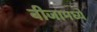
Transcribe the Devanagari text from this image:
बीजामध्ये